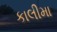
કાલીમા